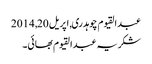
عبدالقیوم چوہدری, ‏اپریل 20, 2014
شکریہ عبدالقیوم بھائی۔